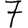
Digit: 7